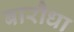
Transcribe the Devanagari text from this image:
बारौधा